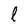
Character: l